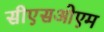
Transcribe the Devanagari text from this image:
सीएसओएम